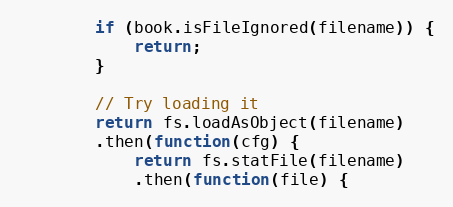
Language: JavaScript
        if (book.isFileIgnored(filename)) {
            return;
        }

        // Try loading it
        return fs.loadAsObject(filename)
        .then(function(cfg) {
            return fs.statFile(filename)
            .then(function(file) {